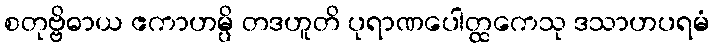
စတုဗ္ဗိဓာယ ဧကာဟမ္ပိ တဒဟူတိ ပုရာဏပေါတ္ထကေသု ဒသာဟပရမံ